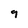
Character: 9